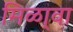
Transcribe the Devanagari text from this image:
मिळा्वा